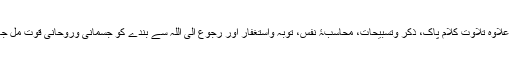
اس کے علاوہ تلاوت کلام پاک، ذکر وتسبیحات، محاسبۂ نفس، توبہ واستغفار اور رجوع الی اللہ سے بندے کو جسمانی وروحانی قوت مل جاتی ہے۔